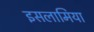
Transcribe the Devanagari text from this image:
इसलामिया